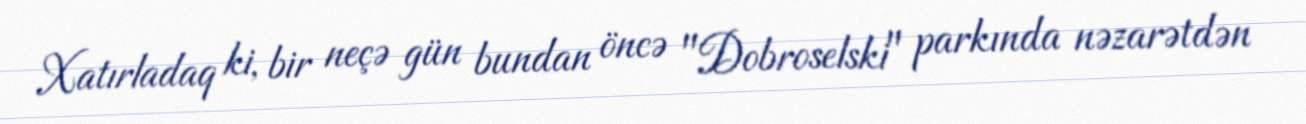
Xatırladaq ki, bir neçə gün bundan öncə "Dobroselski" parkında nəzarətdən